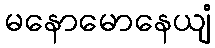
မနောမောနေယျံ